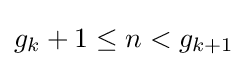
g_{k}+1\leq n<g_{k+1}